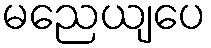
မညေယျပေ